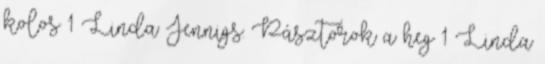
kolos 1 Linda Jennigs: Pásztorok a heg 1 Linda